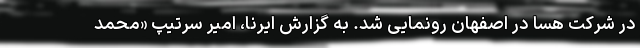
در شرکت هِسا در اصفهان رونمایی شد. به گزارش ایرنا، امیر سرتیپ «محمد